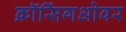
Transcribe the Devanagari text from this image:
क्रॉसिंगओवर